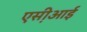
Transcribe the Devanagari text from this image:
एस़ीआई